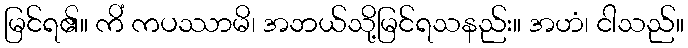
မြင်ရ၏။ ကိံ ကပဿာမိ၊ အဘယ်သို့မြင်ရသနည်း။ အဟံ၊ ငါသည်။